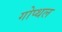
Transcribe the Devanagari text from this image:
गोप्थल